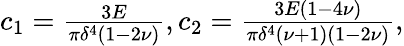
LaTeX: \begin{array}{r}{c_{1}=\frac{3E}{\pi\delta^{4}(1-2\nu)},c_{2}=\frac{3E(1-4\nu)}{\pi\delta^{4}(\nu+1)(1-2\nu)},}\end{array}